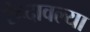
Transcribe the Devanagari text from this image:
रूंदावल्या